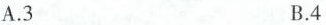
A.3 B.4